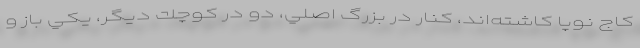
كاج نوپا كاشته‌اند، كنار در بزرگ اصلي، دو در كوچك ديگر، يكي باز و